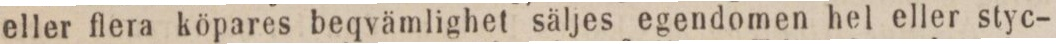
eller flera köpares beqvämlighet säljes egendomen hel eller styc-